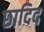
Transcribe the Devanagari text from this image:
छादिद